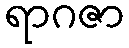
ရာဂဇာ